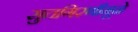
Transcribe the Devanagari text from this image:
सुतगिरणीमूळे